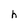
Character: h